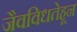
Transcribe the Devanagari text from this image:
जैवविधतेहून